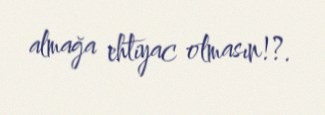
almağa ehtiyac olmasın!?.